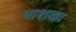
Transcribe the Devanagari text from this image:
पाशकः